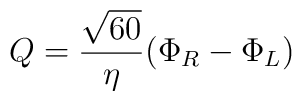
Q = {{\sqrt{60}}\over \eta}(\Phi_R - \Phi_L)